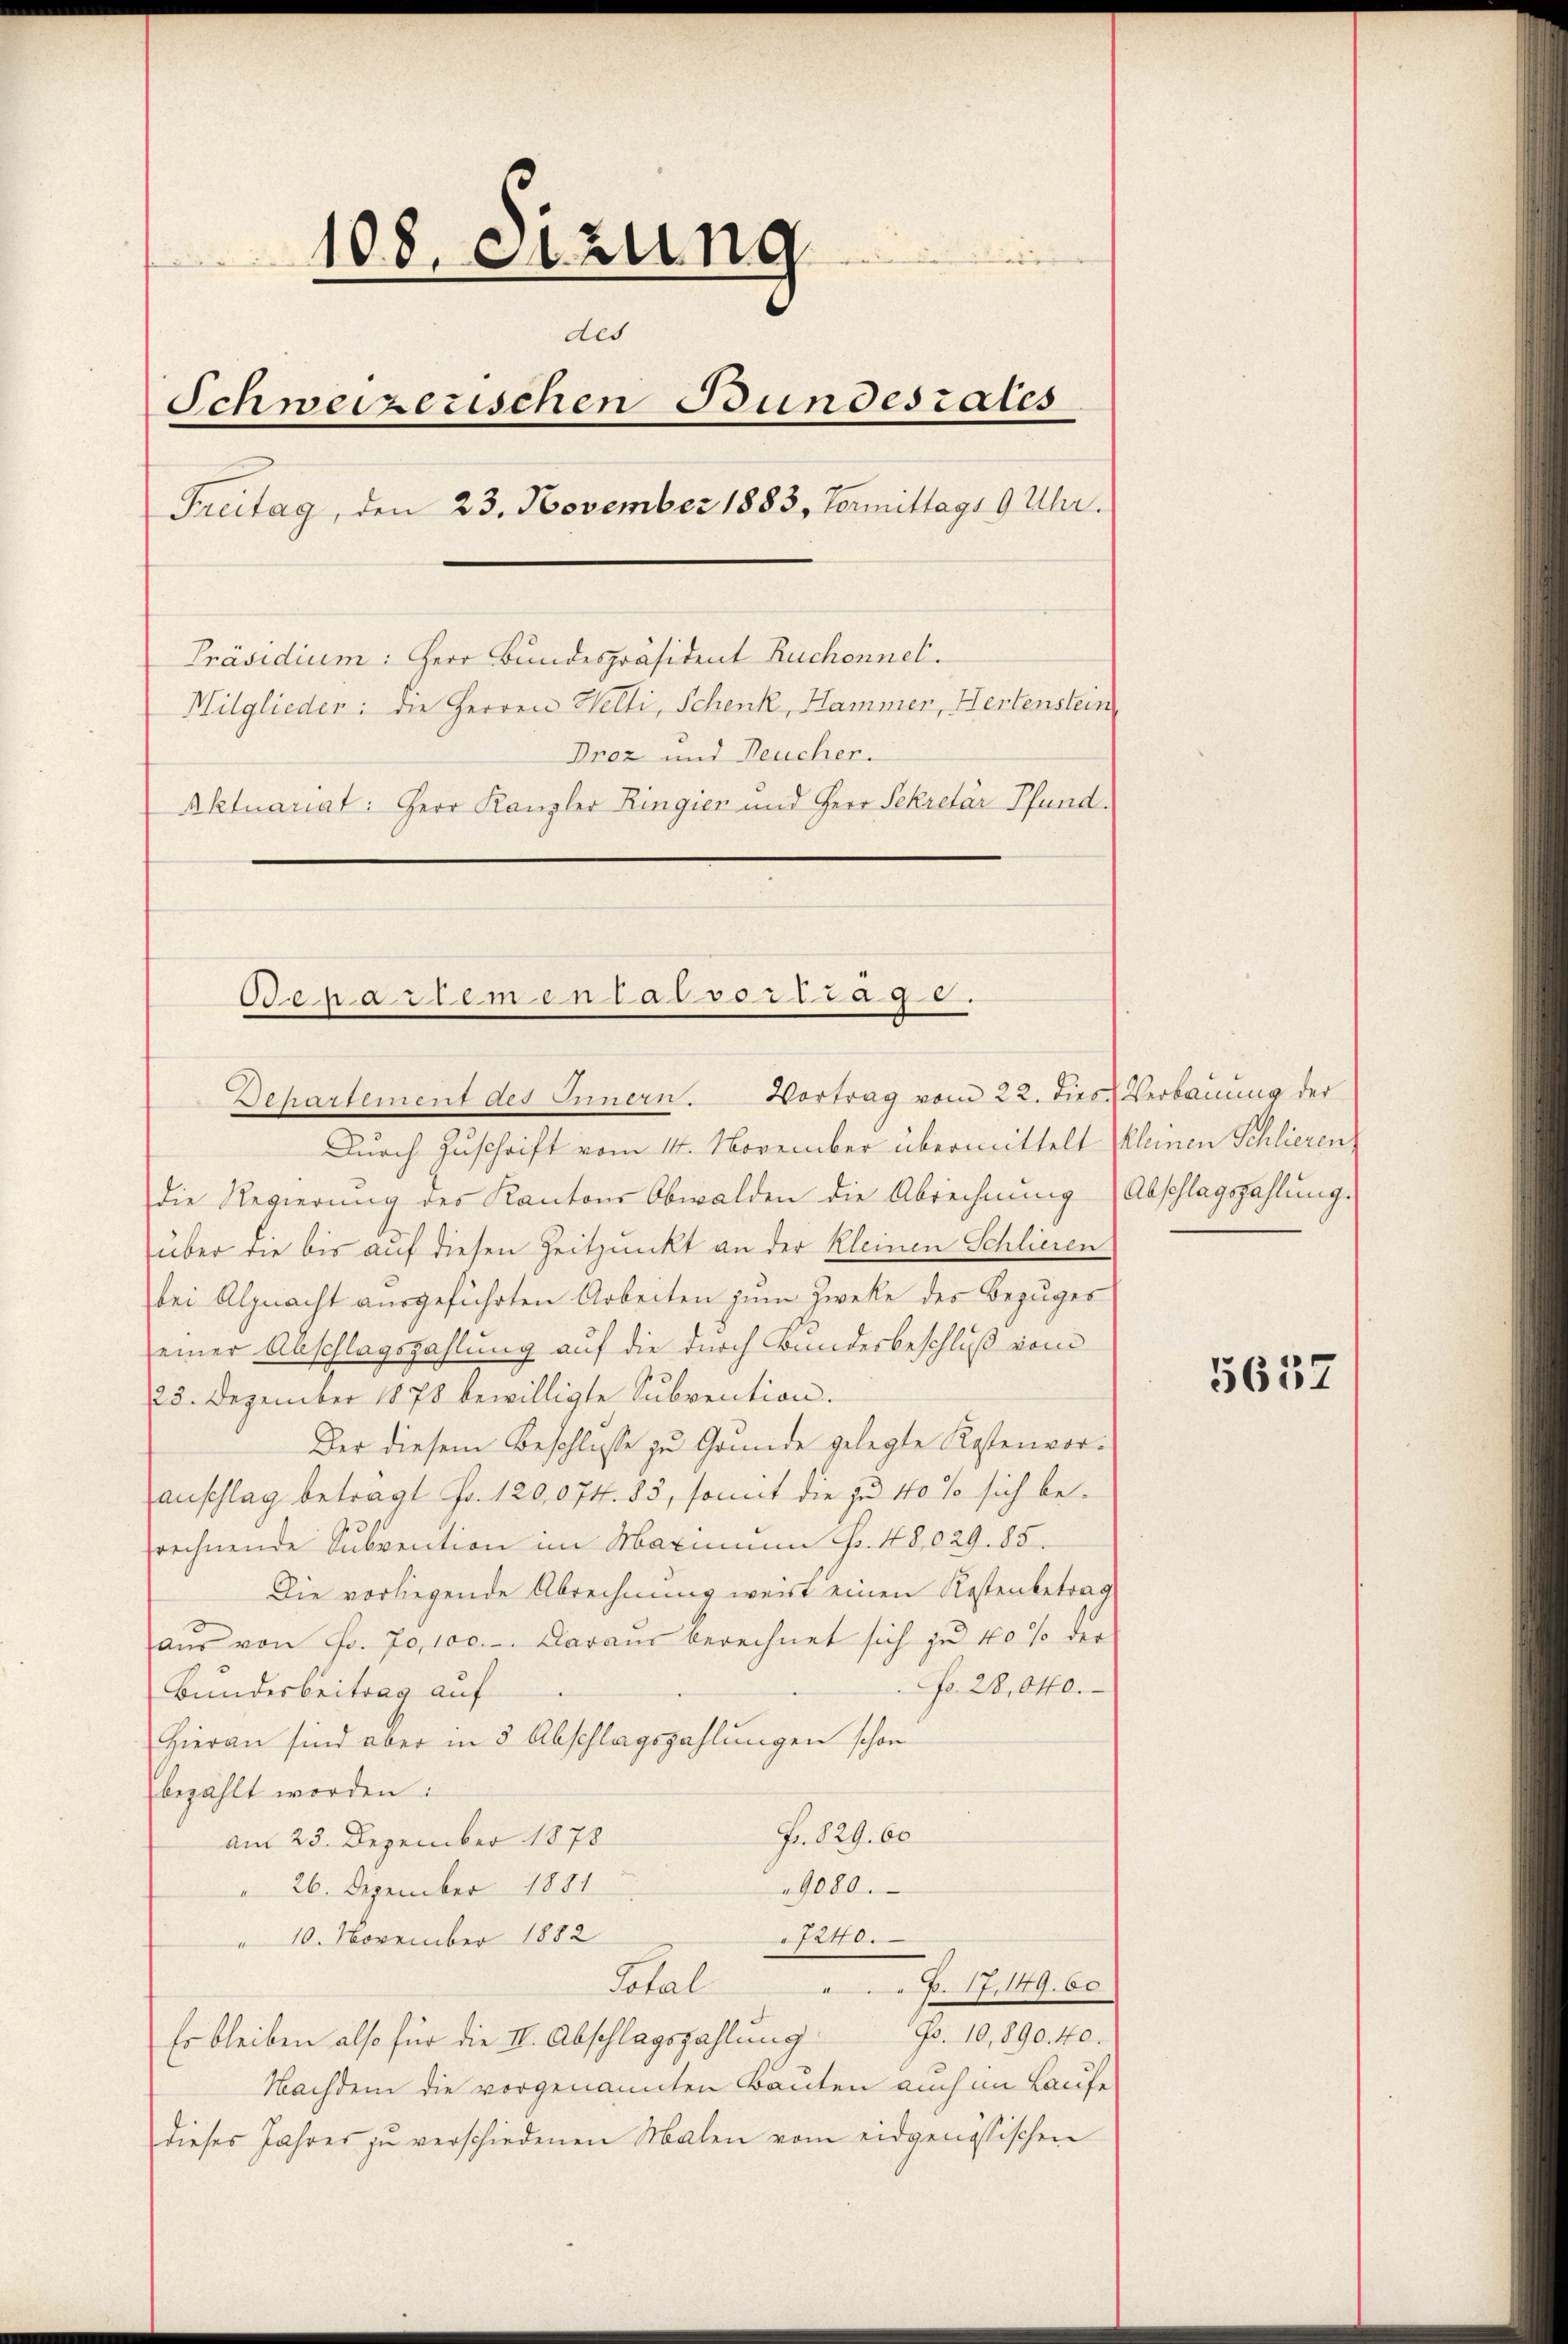
108. Sitzung
des
Schweizerischen Bundesrates
Freitag, den 23. November 1883, Vormittags 9 Uhr.
Präsidium: Herr Bundespräsident Ruchonnel.
Milglieder: die Herren Helli, Schenk, Hammen, Hertenstein
Proz und Neucher.
Aktuariat: Herr Kanzler Ringien und Herr Sekretär Pfund

Oenartemen lassertrag 8.
Departement des Innern. Vortrag vom 22. dies Verbauung der

Durch Zuschrift vom 14. November übermittelt kleinen Schlieren
die Regierung des Kantons Obwalden die Abrechnung) Abschlagszahlung.
über die bis auf diesen Zeitpunkt an der Kleinen Schliesen
bei Alpnacht ausgeführten Arbeiten zum Zwecke des Bezuges
einer Abschlagszahlung auf die durch Bundesbeschluß vom
28. Dezember 1878 bewilligte Subvention.
Der diesem Beschlusse zu Grunde gelegte Kostenvoranschlag beträgt Fr. 120,074. 83, somit die zu 40 so sich beprechnende Subvention im Maximum fr. 48,029. 85.
Die vorliegende Abrechnung weist einen Kostenbetrag
aŭs von Fr. 70, 100.-. Daraus berechnet sich zu 10 % der
No. 28,040.
Bundesbeitrag auf
Hieran sind aber in 3 Abschlagszahlungen schon
bezählt worden:
Fr. 829. 60
am 23. Dezember 1878
26. Dezember 1881
9080.
1240.
10. November 1882
B. 17. 149. 60
Total
Go. 10,890. 40.
Es bleiben also für die II. Abschlagszahlung
Nachdem die vorgenannten Bauten auch im Laufe
dieses Jahres zu verschiedenen Malen vom eidgenössischen

5637